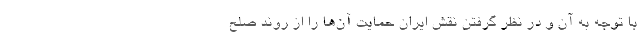
با توجه به آن و در نظر گرفتن نقش ایران حمایت آن‌ها را از روند صلح